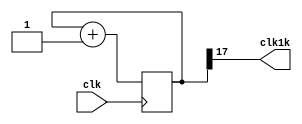
module kclk(clk,clk1k);
input clk;
output clk1k;
reg [17:0] counter;
assign clk1k=counter[17];
initial begin
    counter=0;
    end

   always@(posedge clk)
   begin
    counter<=counter+1;
    end
endmodule